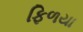
ફિળયા